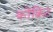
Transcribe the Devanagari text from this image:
कोंक्रिट